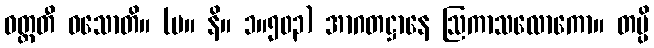
ဝတ္တတီ ဝသောတိ။ (မ။ နိ။ ၁။၅၀၃) အာဂတဋ္ဌာနေ ဩကာသလောကော။ တမ္ပိ